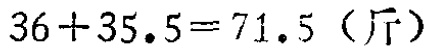
\(36 + 35.5 = 71.5\)（斤）